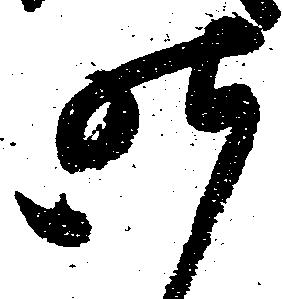
昨